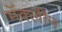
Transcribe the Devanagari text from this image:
मॅक्लीन